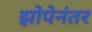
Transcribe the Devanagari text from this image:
झोपेनंतर